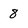
Character: 8